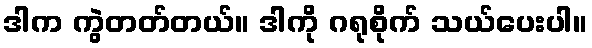
ဒါက ကွဲတတ်တယ်။ ဒါကို ဂရုစိုက် သယ်ပေးပါ။